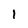
Character: I